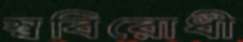
স্ববিরোধী